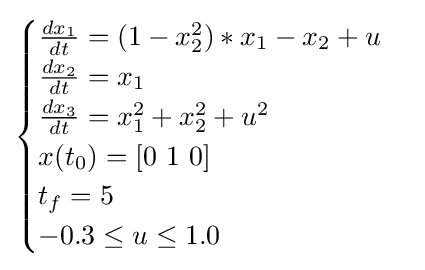
{\begin{cases}{\frac {dx_{1}}{dt}}=(1-x_{2}^{2})*x_{1}-x_{2}+u\\{\frac {dx_{2}}{dt}}=x_{1}\\{\frac {dx_{3}}{dt}}=x_{1}^{2}+x_{2}^{2}+u^{2}\\x(t_{0})=[0\ 1\ 0]\\t_{f}=5\\-0.3\leq u\leq 1.0\\\end{cases}}